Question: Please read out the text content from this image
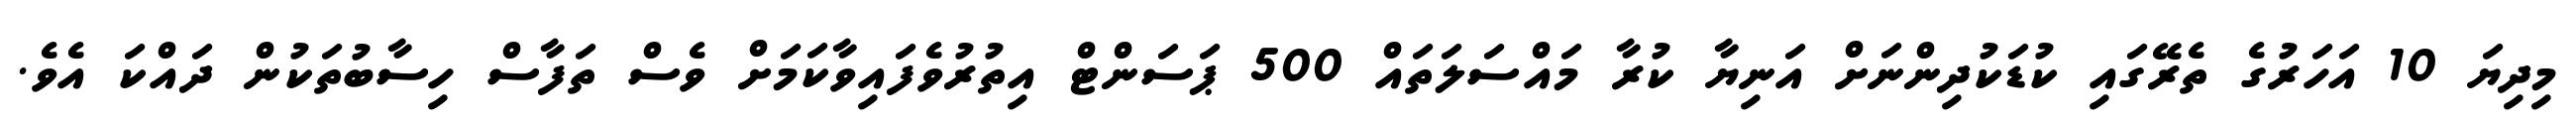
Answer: މިދިޔަ 10 އަހަރުގެ ތެރޭގައި ކުޑަކުދިންނަށް އަނިޔާ ކުރާ މައްސަލަތައް 500 ޕަސަންޓް އިތުރުވެފައިވާކަމަށް ވެސް ތަފާސް ހިސާބުތަކުން ދައްކަ އެވެ.